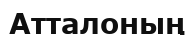
Атталоның